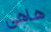
هاهى